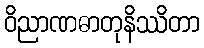
ဝိညာဏဓာတုနိဿိတာ